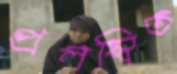
প্রলম্বিত